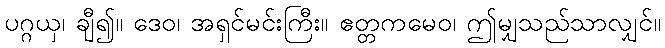
ပဂ္ဂယှ၊ ချီ၍။ ဒေဝ၊ အရှင်မင်းကြီး။ ဧတ္တကမေဝ၊ ဤမျှသည်သာလျှင်။